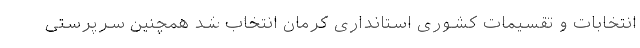
انتخابات و تقسیمات کشوری استانداری کرمان انتخاب شد همچنین سرپرستی